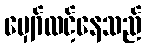
မျှော်လင့်နေသည်